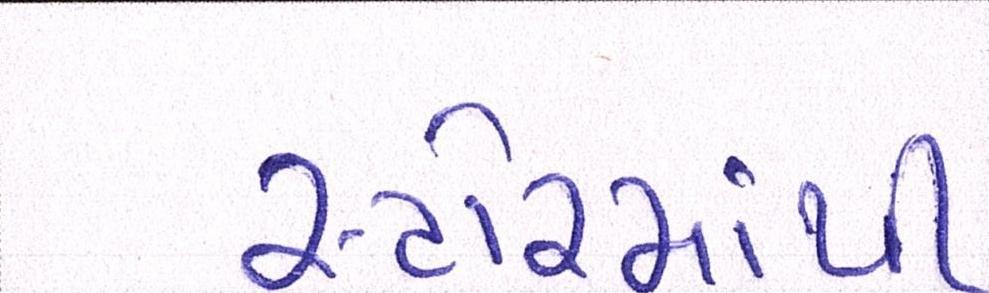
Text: સ્ટોરમાંથી